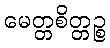
မေတ္တစိတ္တဉ္စ